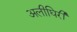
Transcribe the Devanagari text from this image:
अलीघिरी